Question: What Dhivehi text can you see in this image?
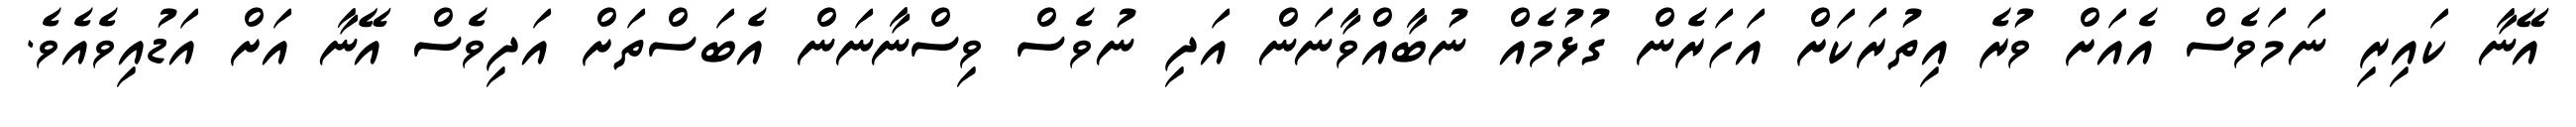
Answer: އޭނާ ކައިރި ނަމަވެސް އެއަށް ވުރެ އިތުރަކަށް އަހަރެން ގުޅުމެއް ނުބާއްވާނަން އަދި ނުވެސް ވިސްނާނަން އެބަސްތަށް އަދިވެސް އޭނާ އަށް އަޑުއިވެއެވެ.